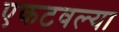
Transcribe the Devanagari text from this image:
एकटवल्या